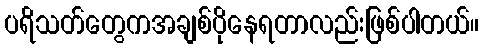
ပရိသတ်တွေကအချစ်ပိုနေရတာလည်းဖြစ်ပါတယ်။